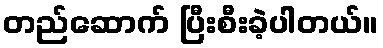
တည်ဆောက် ပြီးစီးခဲ့ပါတယ်။